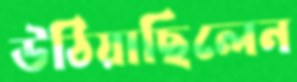
উঠিয়াছিলেন